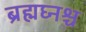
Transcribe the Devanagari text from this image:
ब्रह्मघ्नश्च